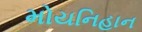
મોયનિહાન